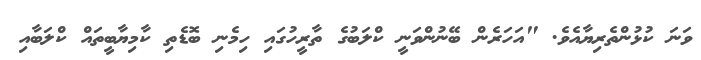
ވަނަ ކުޅުންތެރިޔާއެވެ. "އަހަރެން ބޭނުންވަނީ ކްލަބުގެ ތާރީހުގައި ހިމެނި ބޮޑެތި ކާމިޔާބީތައް ކްލަބާއި